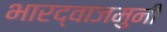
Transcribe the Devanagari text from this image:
भारद्वाजमुनी